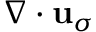
\nabla \cdot { \bf u } _ { \sigma }